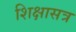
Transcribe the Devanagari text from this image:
शिक्षासत्र